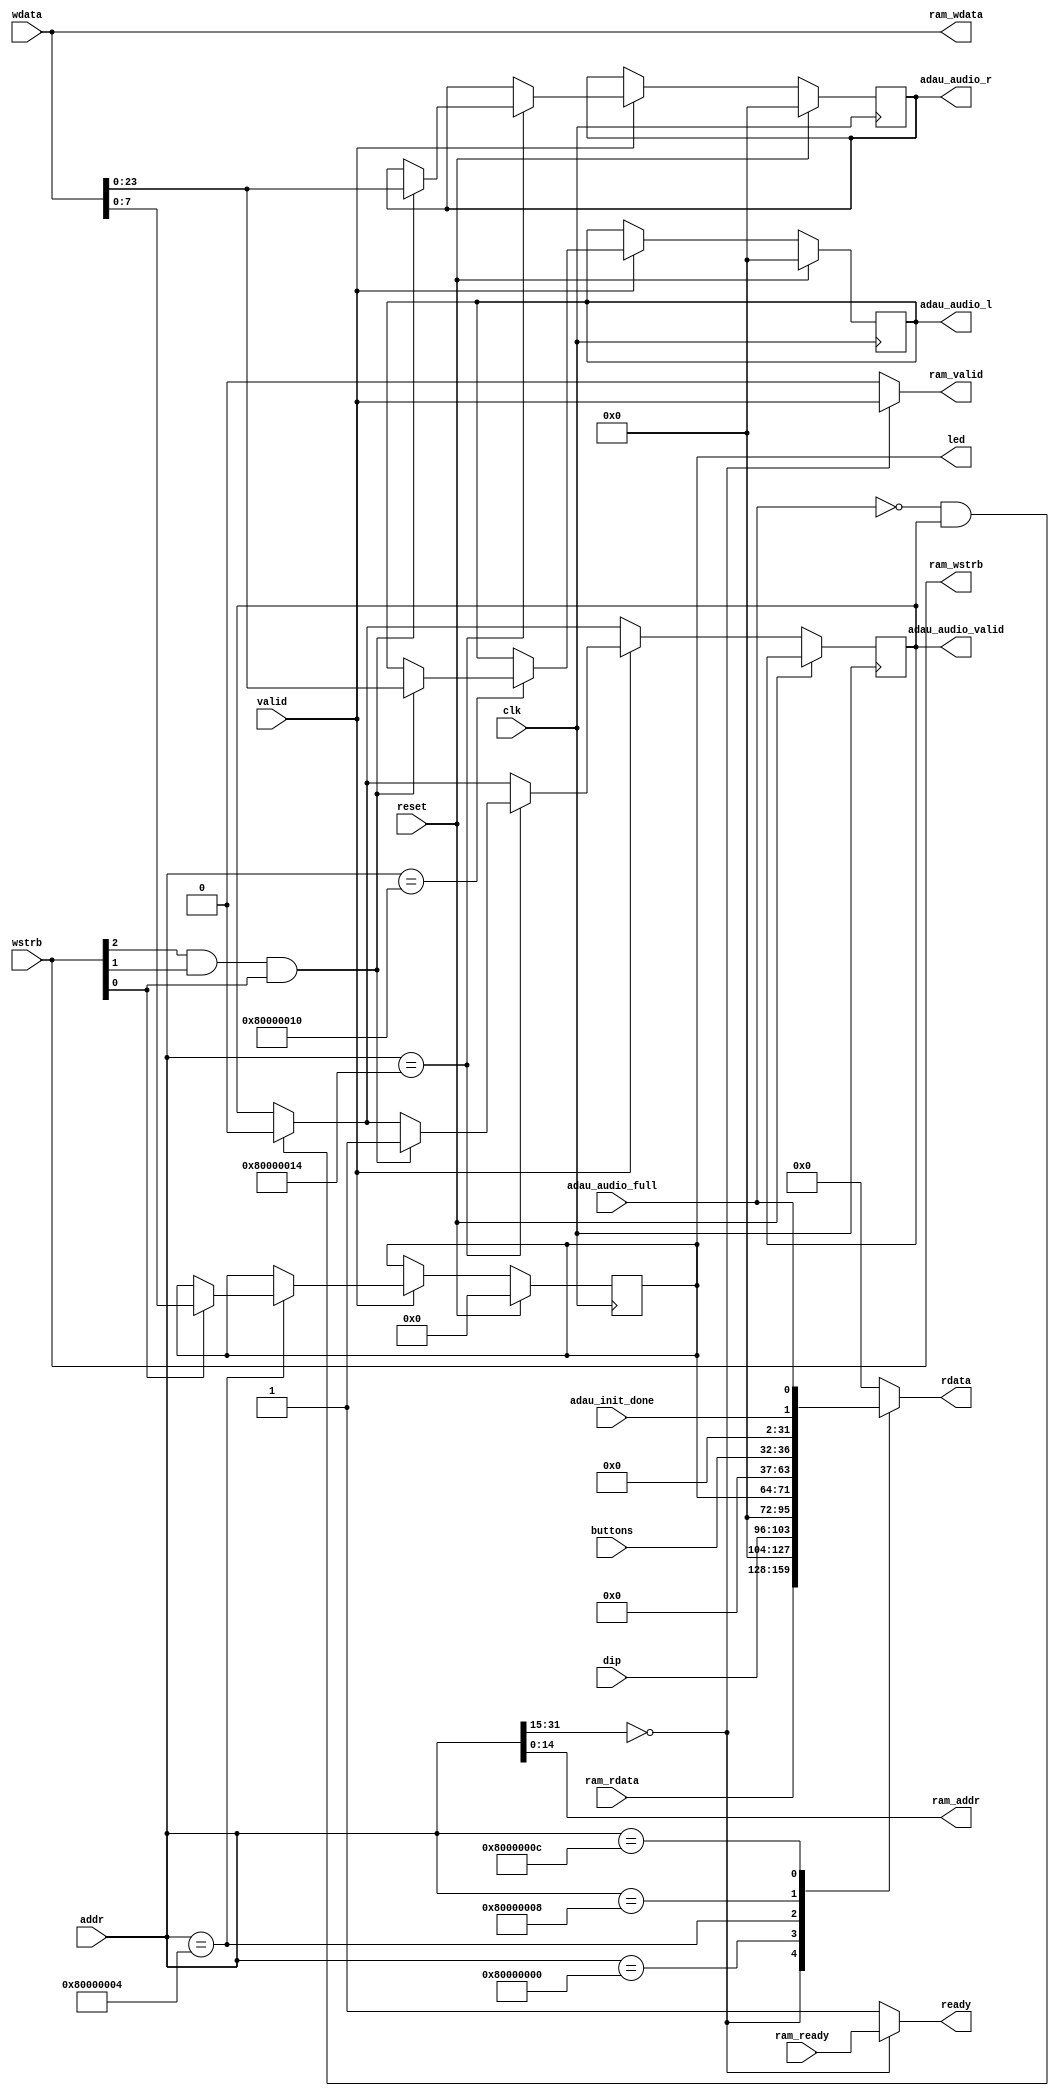
// MEMORY MAP:
// - 0x00010000 - 0x00017fff: RAM (read-write)
// - 0x80000000: DIP switches (read-only)
// - 0x80000004: LEDs (read-write)
// - 0x80000008: buttons (read-only)
// - 0x8000000c: audio status (read-only)
//   - bit 0: audio FIFO full
//   - bit 1: ADAU configuration complete
// - 0x80000010: left audio sample (write-only)
// - 0x80000014: right audio sample (write-only)
//   Writing to the right channel triggers a write into the audio FIFO.
module cpu_bus_logic(
      input clk,
      input reset,

      // CPU connections
      input [31:0] addr,
      input [31:0] wdata,
      output reg [31:0] rdata,
      input [3:0] wstrb,
      input valid,
      output reg ready,

      // debugging stuff
      input [7:0] dip,
      input [4:0] buttons,
      output reg [7:0] led,

      // RAM interface
      output [14:0] ram_addr,
      output [31:0] ram_wdata,
      output reg ram_valid,
      output [3:0] ram_wstrb,
      input [31:0] ram_rdata,
      input ram_ready,

      // adau_interface signals
      output reg [23:0] adau_audio_l, adau_audio_r,
      output reg adau_audio_valid,
      input adau_audio_full,
      input adau_init_done
   );

   assign ram_addr = addr[14:0];
   assign ram_wstrb = wstrb;
   assign ram_wdata = wdata;

   // read logic
   always @(*) begin
      ram_valid = 0;
      ready = 1;
      casez(addr)
         // 15 bit address / 256 kiBit
         // 0x0000_0000 - 0x0000_7FFF
         32'b0000_0000_0000_0000_0???_????_????_????: begin
            rdata = ram_rdata;
            ram_valid = valid;
            ready = ram_ready;
         end

         32'h8000_0000: begin
            rdata = {24'b0, dip};
            ram_valid = 0;
            ready = 1;
         end

         32'h8000_0004: begin
            rdata = {24'b0,led};
            ram_valid = 0;
            ready = 1;
         end

         32'h8000_0008: begin
            rdata = {24'b0,buttons};
            ram_valid = 0;
            ready = 1;
         end

         32'h8000_000c: begin
            rdata = {24'b0,adau_init_done, adau_audio_full};
            ram_valid = 0;
            ready = 1;
         end

         default: begin
            rdata = 32'h0000_0000;
            ram_valid = 0;
            ready = 1;
         end
      endcase
   end

   // write logic
   always @(posedge clk) begin
      if(reset) begin
         led <= 8'h00;
         adau_audio_l <= 24'h000000;                        //initial write for left and right data
         adau_audio_r <= 24'h000000;
      end else begin
          if (!adau_audio_full && adau_audio_valid)
              adau_audio_valid <= 0;                        //reset valid bit, if FIFO is full and no new data can be read

          if(valid) begin
             case(addr)
               32'h8000_0004: begin
                   if(wstrb[0])
                      led <= wdata[7:0];
                end
                // TODO
               
               32'h8000_0010: begin 
                  if(wstrb[2] && wstrb[1] && wstrb[0])
                     adau_audio_l[23:0] <= wdata[23:0];        //Data from the left channel is written to the FIFO
               end
               
               32'h8000_0014: begin
                  if(wstrb[2] && wstrb[1] && wstrb[0]) begin
                     adau_audio_valid <= 1;                    //valid for write enable in FIFO, should only be set once until FIFO is full
                     adau_audio_r[23:0] <= wdata[23:0];        //Data from the right channel is written to the FIFO
                  end
               end
               
             endcase
         end
      end
   end
endmodule